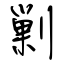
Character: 剿